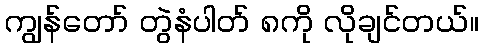
ကျွန်တော် တွဲနံပါတ် ၈ကို လိုချင်တယ်။